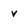
Character: v